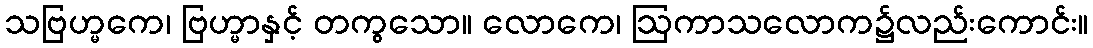
သဗြဟ္မကေ၊ ဗြဟ္မာနှင့် တကွသော။ လောကေ၊ ဩကာသလောက၌လည်းကောင်း။